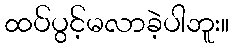
ထပ်ပွင့်မလာခဲ့ပါဘူး။